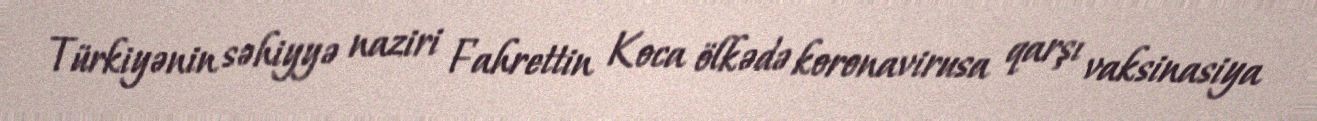
Türkiyənin səhiyyə naziri Fahrettin Koca ölkədə koronavirusa qarşı vaksinasiya